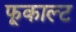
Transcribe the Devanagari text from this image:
फूकाल्ट